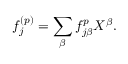
f _ { j } ^ { ( p ) } = \sum _ { \beta } f _ { j \beta } ^ { p } X ^ { \beta } .